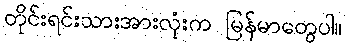
တိုင်းရင်းသားအားလုံးက မြန်မာတွေပါ။